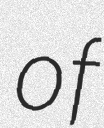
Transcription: of